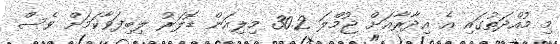
މި މުއްދަތުގައި އެ އިދާރާއަށް ޖުމްލަ 30.2 މިލިއަން ޑޮލަރު ލިބިފަވާކަމަށް ވެސް